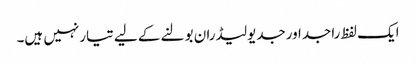
ایک لفظ راجداورجدیولیڈران بولنے کے لیے تیارنہیں ہیں۔